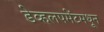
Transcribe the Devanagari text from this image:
डेव्हलपमेंटमधून